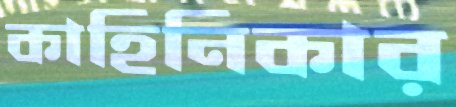
কাহিনিকার